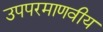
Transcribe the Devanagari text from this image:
उपपरमाणवीय